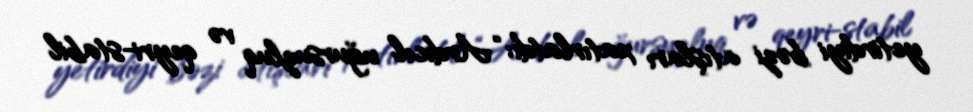
yetirdiyi bəzi atışları xatırlatdı: “Ardıcıl uğursuzluq və qeyri-stabil